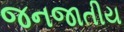
જનજાતીય